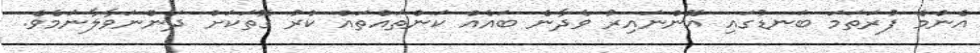
އެންމެ ފުރަތަމަ ބަނޑުގައި އޮންނައިރު ވެދާނެ ބައެއް ކަންތައްތައް ކުރު ގޮތަކަށް ދަންނަވާލާނަމެވެ.